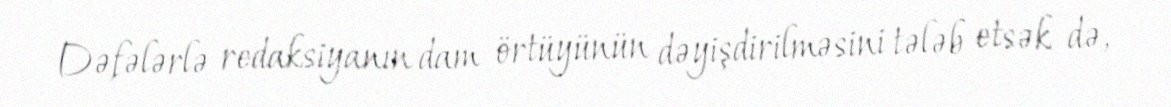
Dəfələrlə redaksiyanın dam örtüyünün dəyişdirilməsini tələb etsək də,